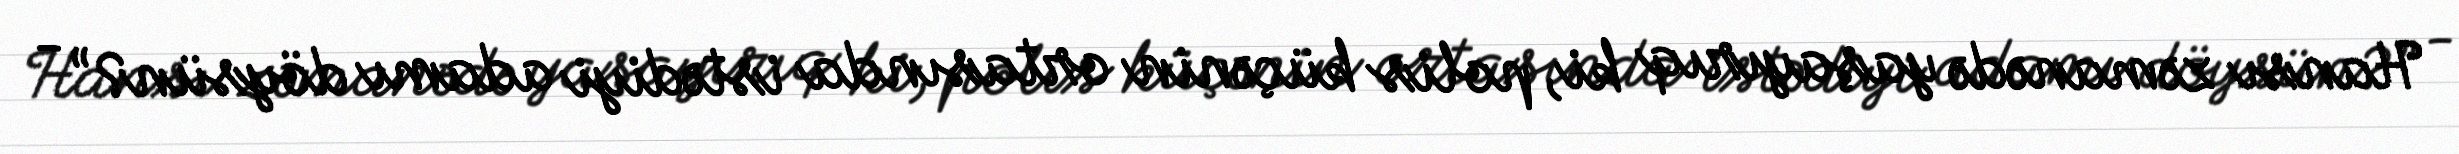
Hansı zəmanədə yaşayırıq ki, polis küçənin ortasında istədiyi adamı döysün?” -